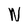
Character: N